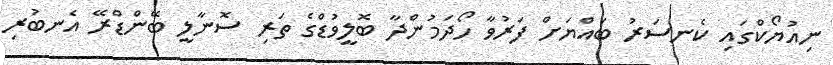
ނިއުޔޯކްގައި ކެނސަރު ބައްޔަށް ފަރުވާ ހޯދަމުންދާ ބޮލީވުޑްގެ ތަރި ސޮނާލީ ބޭންޑްރޭ އެނބުރި